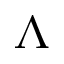
\Lambda